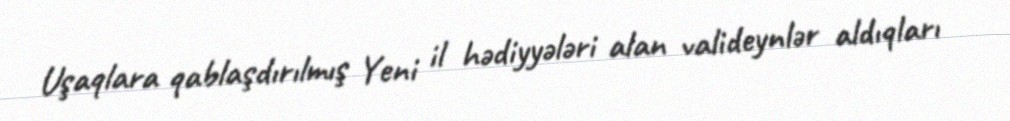
Uşaqlara qablaşdırılmış Yeni il hədiyyələri alan valideynlər aldıqları